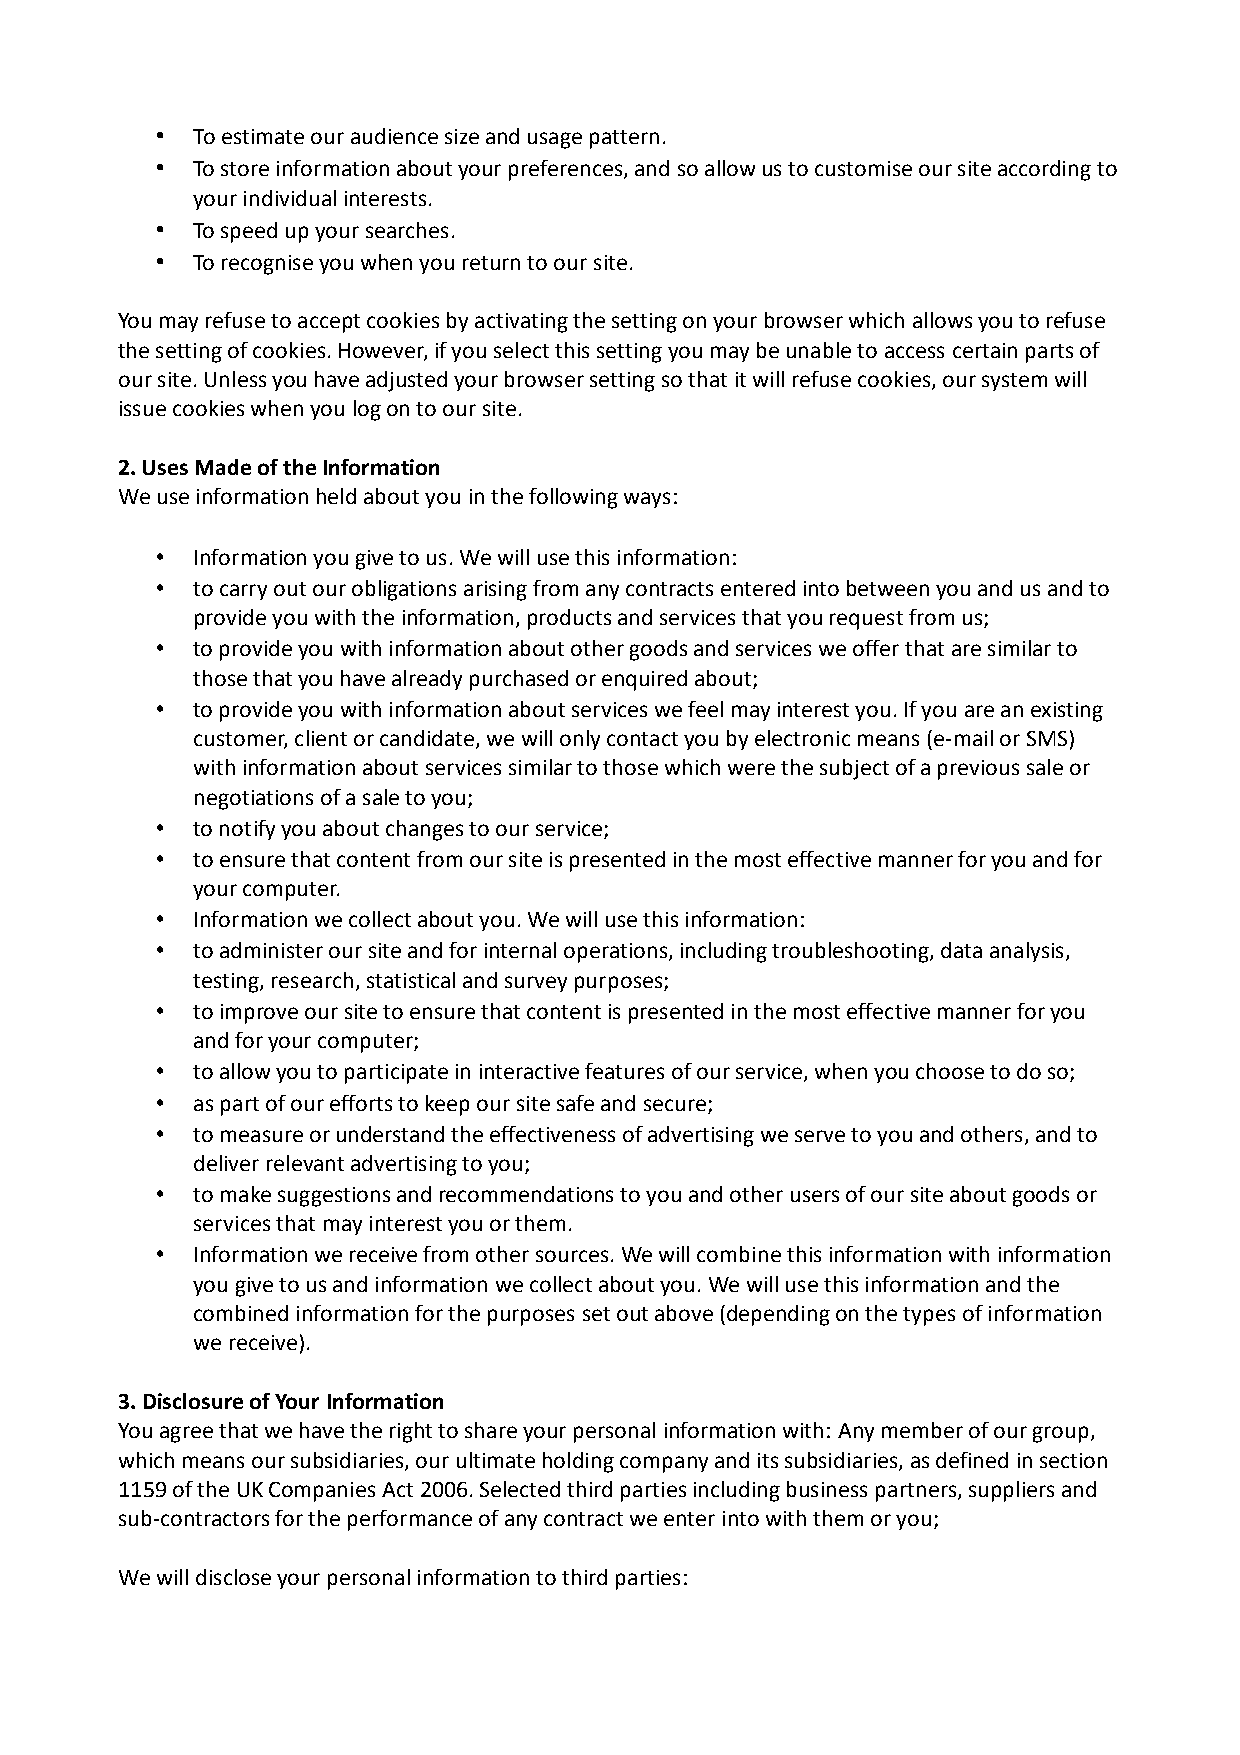
•  To estimate our audience size and usage pattern.
 •  To store information about your preferences, and so allow us to customise our site according to
 your individual interests.
 •  To speed up your searches.
 •  To recognise you when you return to our site.
 You may refuse to accept cookies by activating the setting on your browser which allows you to refuse
 the setting of cookies. However, if you select this setting you may be unable to access certain parts of
 our site. Unless you have adjusted your browser setting so that it will refuse cookies, our system will
 issue cookies when you log on to our site.
 2. Uses Made of the Information
 We use information held about you in the following ways:
 •  Information you give to us. We will use this information:
 •  to carry out our obligations arising from any contracts entered into between you and us and to
 provide you with the information, products and services that you request from us;
 •  to provide you with information about other goods and services we offer that are similar to
 those that you have already purchased or enquired about;
 •  to provide you with information about services we feel may interest you. If you are an existing
 customer, client or candidate, we will only contact you by electronic means (e-mail or SMS)
 with information about services similar to those which were the subject of a previous sale or
 negotiations of a sale to you;
 •  to notify you about changes to our service;
 •  to ensure that content from our site is presented in the most effective manner for you and for
 your computer.
 •  Information we collect about you. We will use this information:
 •  to administer our site and for internal operations, including troubleshooting, data analysis,
 testing, research, statistical and survey purposes;
 •  to improve our site to ensure that content is presented in the most effective manner for you
 and for your computer;
 •  to allow you to participate in interactive features of our service, when you choose to do so;
 •  as part of our efforts to keep our site safe and secure;
 •  to measure or understand the effectiveness of advertising we serve to you and others, and to
 deliver relevant advertising to you;
 •  to make suggestions and recommendations to you and other users of our site about goods or
 services that may interest you or them.
 •  Information we receive from other sources. We will combine this information with information
 you give to us and information we collect about you. We will use this information and the
 combined information for the purposes set out above (depending on the types of information
 we receive).
 3. Disclosure of Your Information
 You agree that we have the right to share your personal information with: Any member of our group,
 which means our subsidiaries, our ultimate holding company and its subsidiaries, as defined in section
 1159 of the UK Companies Act 2006. Selected third parties including business partners, suppliers and
 sub-contractors for the performance of any contract we enter into with them or you;
 We will disclose your personal information to third parties: